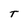
Character: T